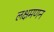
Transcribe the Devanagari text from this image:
लक्षमणन